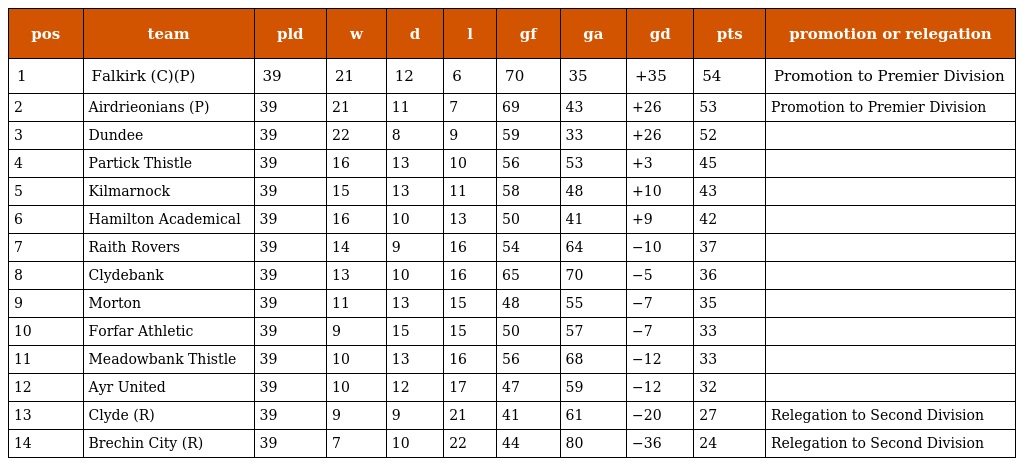
| pos | team | pld | w | d | l | gf | ga | gd | pts | promotion or relegation |
 | --- | --- | --- | --- | --- | --- | --- | --- | --- | --- | --- |
 | 1 | Falkirk (C)(P) | 39 | 21 | 12 | 6 | 70 | 35 | +35 | 54 | Promotion to Premier Division |
 | 2 | Airdrieonians (P) | 39 | 21 | 11 | 7 | 69 | 43 | +26 | 53 | Promotion to Premier Division |
 | 3 | Dundee | 39 | 22 | 8 | 9 | 59 | 33 | +26 | 52 |  |
 | 4 | Partick Thistle | 39 | 16 | 13 | 10 | 56 | 53 | +3 | 45 |  |
 | 5 | Kilmarnock | 39 | 15 | 13 | 11 | 58 | 48 | +10 | 43 |  |
 | 6 | Hamilton Academical | 39 | 16 | 10 | 13 | 50 | 41 | +9 | 42 |  |
 | 7 | Raith Rovers | 39 | 14 | 9 | 16 | 54 | 64 | −10 | 37 |  |
 | 8 | Clydebank | 39 | 13 | 10 | 16 | 65 | 70 | −5 | 36 |  |
 | 9 | Morton | 39 | 11 | 13 | 15 | 48 | 55 | −7 | 35 |  |
 | 10 | Forfar Athletic | 39 | 9 | 15 | 15 | 50 | 57 | −7 | 33 |  |
 | 11 | Meadowbank Thistle | 39 | 10 | 13 | 16 | 56 | 68 | −12 | 33 |  |
 | 12 | Ayr United | 39 | 10 | 12 | 17 | 47 | 59 | −12 | 32 |  |
 | 13 | Clyde (R) | 39 | 9 | 9 | 21 | 41 | 61 | −20 | 27 | Relegation to Second Division |
 | 14 | Brechin City (R) | 39 | 7 | 10 | 22 | 44 | 80 | −36 | 24 | Relegation to Second Division |